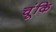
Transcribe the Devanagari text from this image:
चूंकि